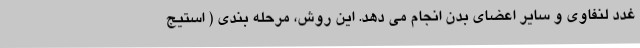
غدد لنفاوی و سایر اعضای بدن انجام می دهد. این روش، مرحله بندی ( استیج